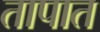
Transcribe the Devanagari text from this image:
तापात